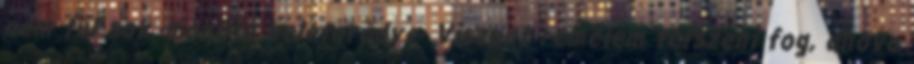
nem túl sok.-mondta beletörődve- Viszont remélem tetszeni fog, ahova